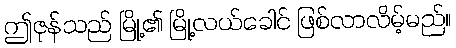
ဤဇုန်သည် မြို့၏ မြို့လယ်ခေါင် ဖြစ်လာလိမ့်မည်။